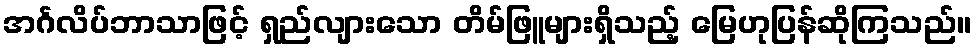
အင်္ဂလိပ်ဘာသာဖြင့် ရှည်လျားသော တိမ်ဖြူများရှိသည့် မြေဟုပြန်ဆိုကြသည်။